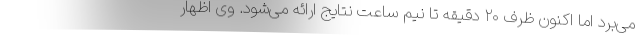
می‌برد اما اکنون ظرف ۲۰ دقیقه تا نیم ساعت نتایج ارائه می‌شود. وی اظهار